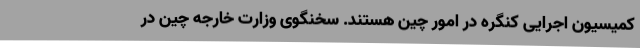
کمیسیون اجرایی کنگره در امور چین هستند. سخنگوی وزارت خارجه چین در